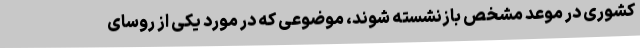
کشوری در موعد مشخص بازنشسته شوند، موضوعی که در مورد یکی از روسای